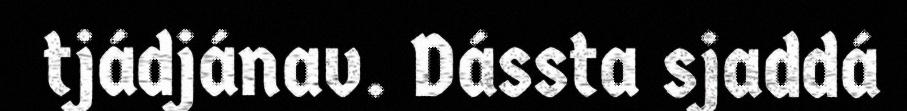
tjádjánav. Dássta sjaddá